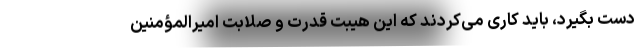
دست بگیرد، باید کاری می‌کردند که این هیبت قدرت و صلابت امیرالمؤمنین